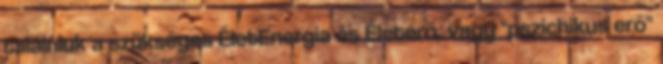
találniuk a szükséges ÉletEnergia és Életerő, vagy "pszichikus erő"